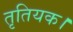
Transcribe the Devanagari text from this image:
तृतियक।